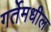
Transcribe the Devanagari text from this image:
गर्तेमधील